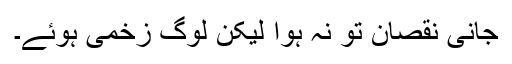
جانی نقصان تو نہ ہوا لیکن لوگ زخمی ہوئے۔